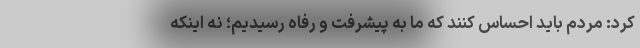
کرد: مردم باید احساس کنند که ما به پیشرفت و رفاه رسیدیم؛ نه اینکه